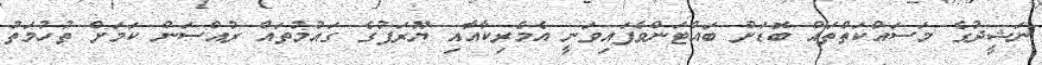
ނަޝީދުގެ މަސައްކަތްތައް ބޮޑަށް ބައްޓަންވެފައިވަނީ އެމެރިކާއާއި ޔޫރަޕުގެ ގައުމުތައް ރުއްސަން ކަމަށް ތުހުމަތު